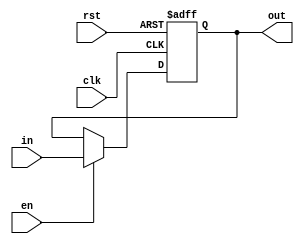
module register #(parameter n = 32)(input clk, rst, en, input [n-1:0] in, output [n-1:0] out);
  reg[n-1:0] r;
  always @ (posedge clk , posedge rst)begin
    if(rst) r <= 0;
    else
      if(en)begin
        r <= in;
      end
        
  end
  assign out = r;
endmodule